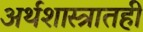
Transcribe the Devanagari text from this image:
अर्थशास्त्रातही